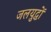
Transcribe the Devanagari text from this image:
जलयुद्धों